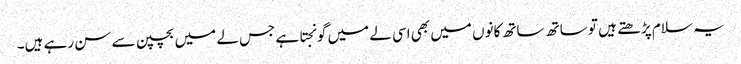
یہ سلام پڑھتے ہیں تو ساتھ ساتھ کانوں میں بھی اسی لے میں گونجتا ہے جس لے میں بچپن سے سن رہے ہیں۔